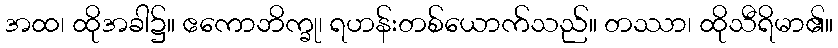
အထ၊ ထိုအခါ၌။ ဧကောဘိက္ခု၊ ရဟန်းတစ်ယောက်သည်။ တဿာ၊ ထိုသီရိမာ၏။